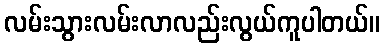
လမ်းသွားလမ်းလာလည်းလွယ်ကူပါတယ်။